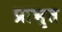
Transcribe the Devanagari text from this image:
प्राभृत